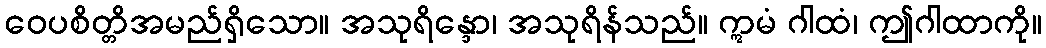
ဝေပစိတ္တိအမည်ရှိသော။ အသုရိန္ဒော၊ အသုရိန်သည်။ ဣမံ ဂါထံ၊ ဤဂါထာကို။